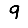
Digit: 9